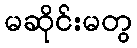
မဆိုင်းမတွ